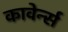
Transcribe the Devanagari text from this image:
कावेर्न्स